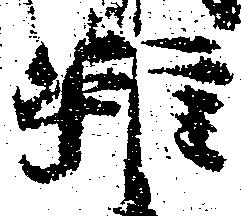
雖